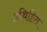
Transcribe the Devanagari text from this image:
प्रथिष्टित